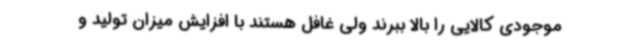
موجودی کالایی را بالا ببرند ولی غافل هستند با افزایش میزان تولید و